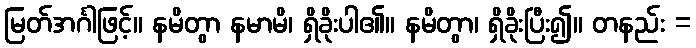
မြတ်အင်္ဂါဖြင့်။ နမိတွာ နမာမိ၊ ရှိခိုးပါ၏။ နမိတွာ၊ ရှိခိုးပြီး၍။ တနည်း =